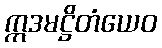
ဣဒမဋ္ဌိတံယေဝ